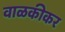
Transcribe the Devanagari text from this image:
वाळकीकर